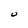
Character: u